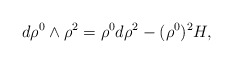
\begin{align*}d\rho^{0}\wedge\rho^{2} = \rho^{0}d\rho^{2} - (\rho^{0})^{2}H,\end{align*}